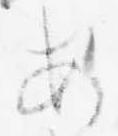
あ